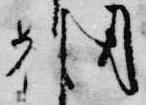
朝